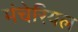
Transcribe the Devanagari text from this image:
मंचेरियल